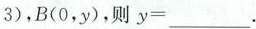
3)，B(0，y)，则$$y =$$___.